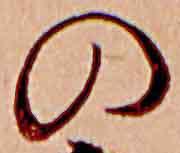
の